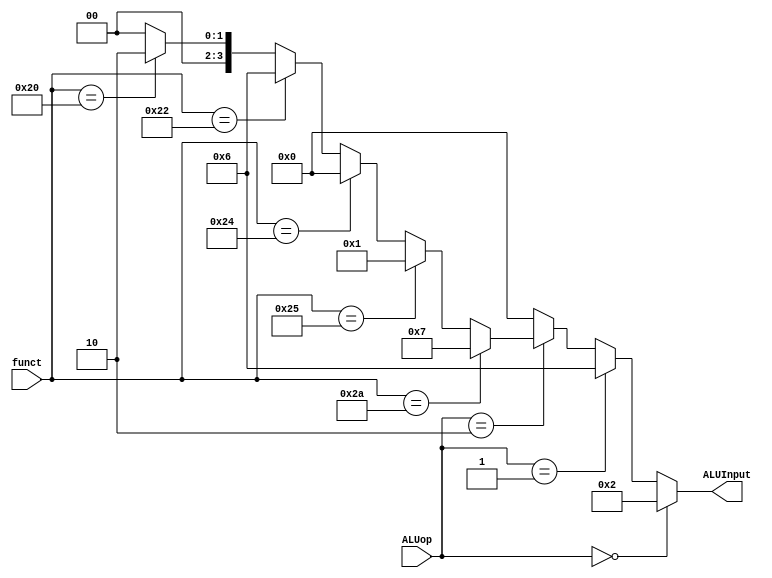
// Module to behave like the ALU control unit to output the ALU control signal  

module alu_control_unit(
    output reg [3:0] ALUInput,
    input [5:0] funct,
	input [1:0] ALUop
);

    initial begin
        ALUInput  = 4'b0000;	
    end
	
    always @(ALUop, funct) 
    begin
	    // Reset the signals to 0
        ALUInput  = 4'b0000;	
	
        if(ALUop == 2'b00) begin
			ALUInput = 4'b0010; // add
        end
        else if(ALUop == 2'b01) begin
            ALUInput  = 4'b0110; // subtract
        end
        else if(ALUop == 2'b10) begin //rtype
			if(funct == 6'b100000) begin
				ALUInput = 4'b0010;
			end
			if(funct == 6'b100010) begin
				ALUInput = 4'b0110;
			end
			if(funct == 6'b100100) begin
				ALUInput = 4'b0000;
			end
			if(funct == 6'b100101) begin
				ALUInput = 4'b0001;
			end
			if(funct == 6'b101010) begin
				ALUInput = 4'b0111;
			end
        end
    end	
endmodule